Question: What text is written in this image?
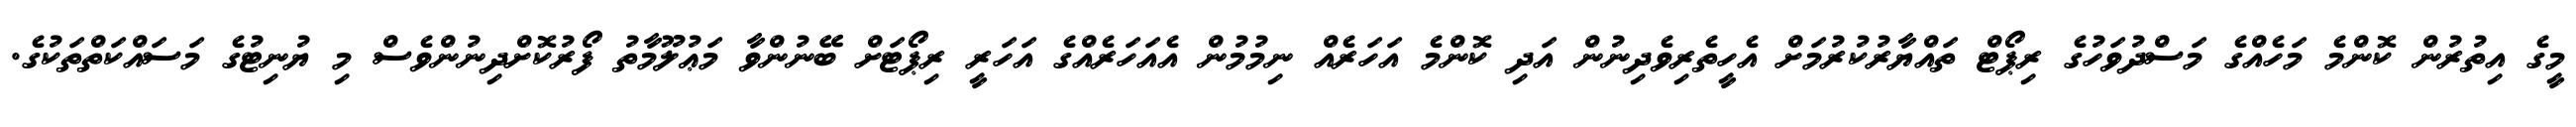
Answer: މީގެ އިތުރުން ކޮންމެ މަހެއްގެ މަސްދުވަހުގެ ރިޕޯޓް ތައްޔާރުކުރުމަށް އެހީތެރިވެދިނުން އަދި ކޮންމެ އަހަރެއް ނިމުމުން އެއަހަރެއްގެ އަހަރީ ރިޕޯޓަށް ބޭނުންވާ މަޢުލޫމާތު ފޯރުކޮށްދިނުންވެސް މި ޔުނިޓުގެ މަސައްކަތްތަކުގެ.